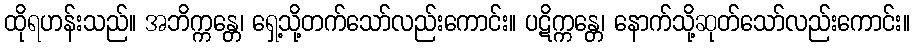
ထိုရဟန်းသည်။ အဘိက္ကန္တေ၊ ရှေ့သို့တက်သော်လည်းကောင်း။ ပဋိက္ကန္တေ၊ နောက်သို့ဆုတ်သော်လည်းကောင်း။